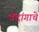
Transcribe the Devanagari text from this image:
वेदांगाचे